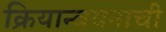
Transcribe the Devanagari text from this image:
क्रियान्वयनाची